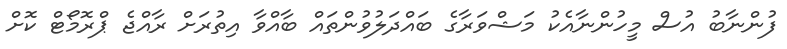
ފުންނާބު އުސް މީހުންނާއެކު މަޝްވަރާގެ ބައްދަލުވުންތައް ބާއްވާ އިތުރަށް ރާއްޖެ ޕްރޮމޯޓް ކޮށް